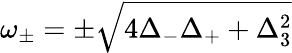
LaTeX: \omega_{\pm}=\pm\sqrt{4\Delta_{-}\Delta_{+}+\Delta_{3}^{2}}